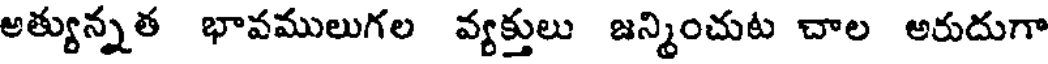
అత్యున్నత భావములుగల వ్యక్తులు జన్మించుట చాల అరుదుగా